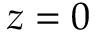
z = 0